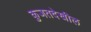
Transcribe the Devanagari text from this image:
कुजतदेखील